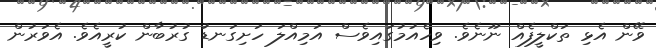
ވޭން އެޅި ތަކްލީފެއް ނޫނެވެ. ވިހެއުމުގައިވެސް އަމިއްލަ ހަށިގަނޑު ގުރުބާން ކުރީއެވެ. އެވަރުން